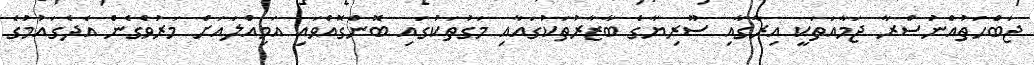
ޖަބްހަތުއްނުސްރާ ޖަމާއަތަކީ އިރާގާއި ސޫރިޔާގެ ބާޒާރުތަކުގައާއި މަގުތަކުގައި ބޮންގޮއްވައި އަމިއްލައަށް މަރުވެގެން އެދެގައުމުގެ